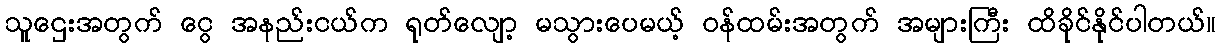
သူဌေးအတွက် ငွေ အနည်းငယ်က ရုတ်လျော့ မသွားပေမယ့် ဝန်ထမ်းအတွက် အများကြီး ထိခိုင်နိုင်ပါတယ်။